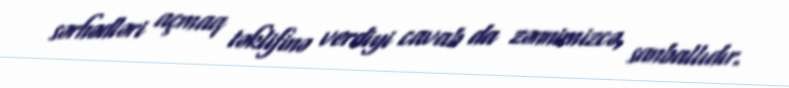
sərhədləri açmaq təklifinə verdiyi cavab da zənnimizcə, sanballıdır.